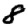
Digit: 8